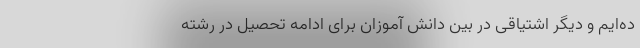
ده‌ایم و دیگر اشتیاقی در بین دانش آموزان برای ادامه تحصیل در رشته